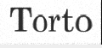
Torto